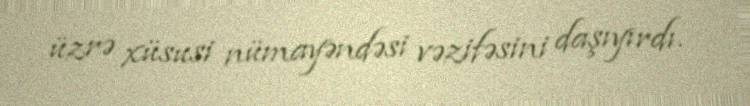
üzrə xüsusi nümayəndəsi vəzifəsini daşıyırdı.